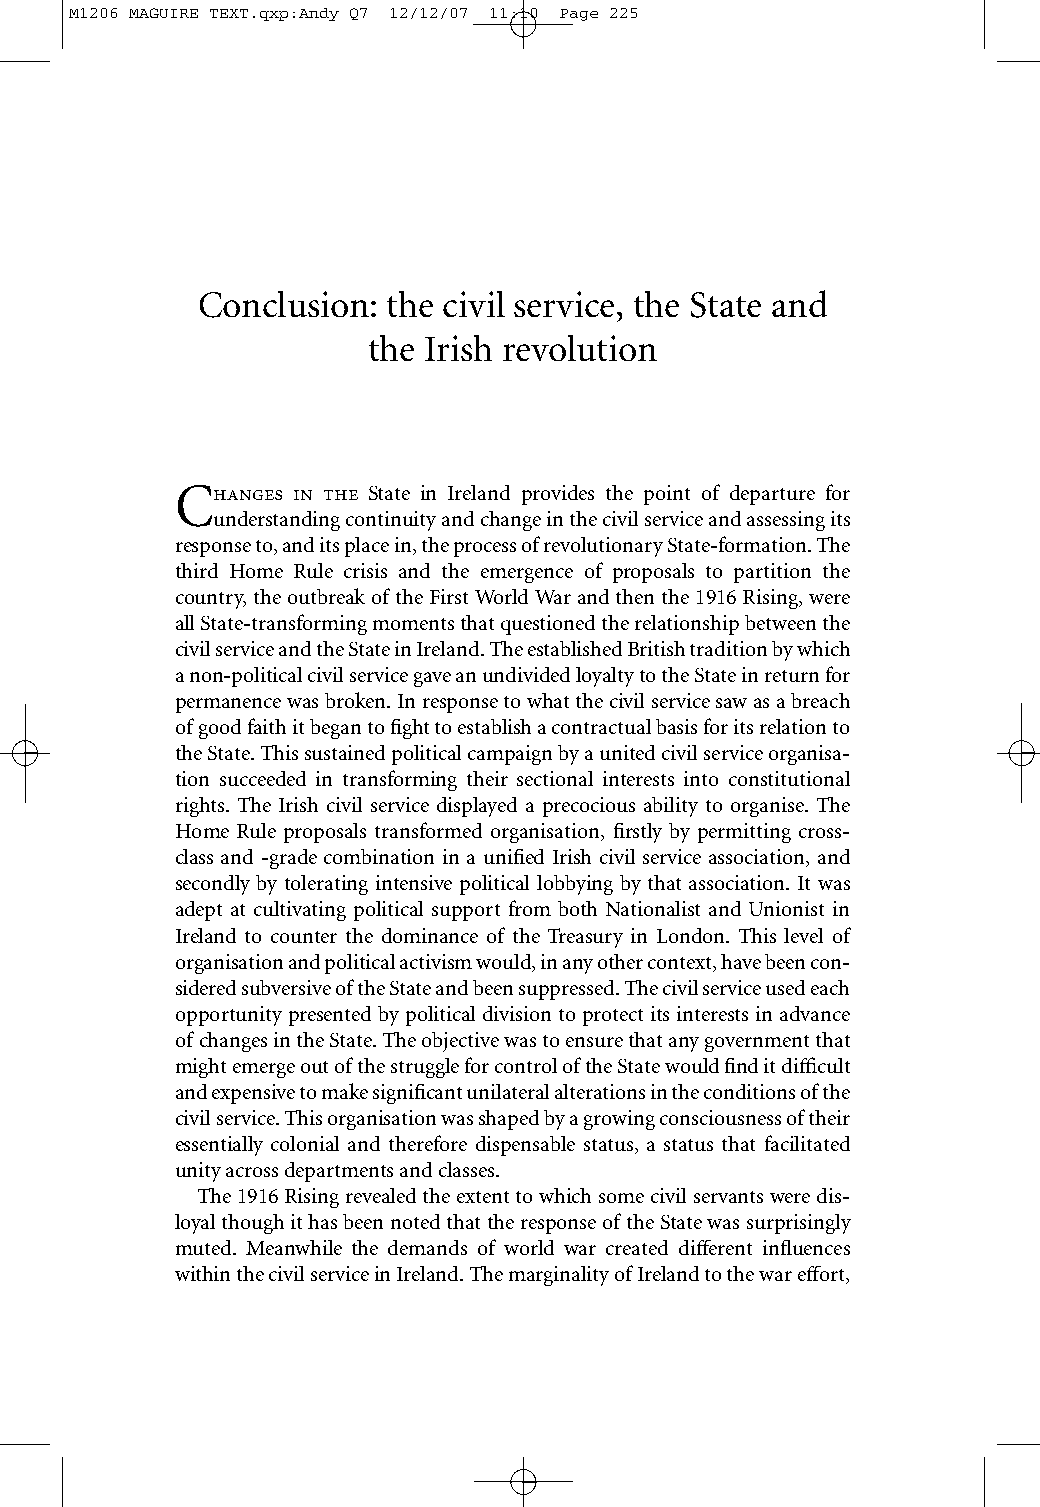
M1206 MAGUIRE TEXT.qxp:Andy Q7 12/12/07 11:10 Page 225
 Conclusion:  the civil service, the State and
 the Irish revolution
 C   State in Ireland provides the point of departure for
 understanding continuity and change in the civil service and assessing its
 response to, and its place in, the process of revolutionary State-formation. The
 third Home Rule crisis and the emergence of proposals to partition the
 country, the outbreak of the First World War and then the 1916 Rising, were
 all State-transforming moments that questioned the relationship between the
 civil service and the State in Ireland. The established British tradition by which
 a non-political civil service gave an undivided loyalty to the State in return for
 permanence was broken. In response to what the civil service saw as a breach
 of good faith it began to fight to establish a contractual basis for its relation to
 the State. This sustained political campaign by a united civil service organisa-
 tion succeeded in transforming their sectional interests into constitutional
 rights. The Irish civil service displayed a precocious ability to organise. The
 Home Rule proposals transformed organisation, firstly by permitting cross-
 class and -grade combination in a unified Irish civil service association, and
 secondly by tolerating intensive political lobbying by that association. It was
 adept at cultivating political support from both Nationalist and Unionist in
 Ireland to counter the dominance of the Treasury in London. This level of
 organisation and political activism would, in any other context, have been con-
 sidered subversive of the State and been suppressed. The civil service used each
 opportunity presented by political division to protect its interests in advance
 of changes in the State. The objective was to ensure that any government that
 might emerge out of the struggle for control of the State would find it difficult
 and expensive to make significant unilateral alterations in the conditions of the
 civil service. This organisation was shaped by a growing consciousness of their
 essentially colonial and therefore dispensable status, a status that facilitated
 unity across departments and classes.
 The 1916 Rising revealed the extent to which some civil servants were dis-
 loyal though it has been noted that the response of the State was surprisingly
 muted. Meanwhile the demands of world war created different influences
 within the civil service in Ireland. The marginality of Ireland to the war effort,